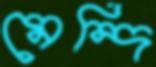
মেন্দি